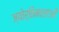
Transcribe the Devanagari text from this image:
ज्योर्तिमालाओं